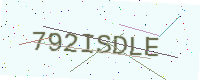
Text: 792ISDLE